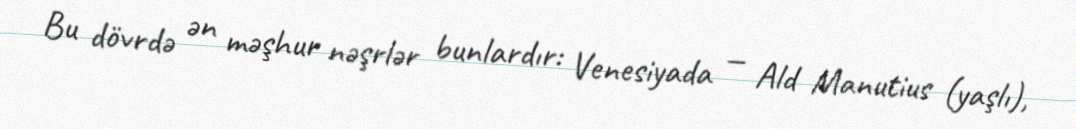
Bu dövrdə ən məşhur nəşrlər bunlardır: Venesiyada — Ald Manutius (yaşlı),